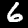
Digit: 6